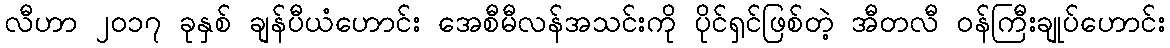
လီဟာ ၂၀၁၇ ခုနှစ် ချန်ပီယံဟောင်း အေစီမီလန်အသင်းကို ပိုင်ရှင်ဖြစ်တဲ့ အီတလီ ဝန်ကြီးချုပ်ဟောင်း